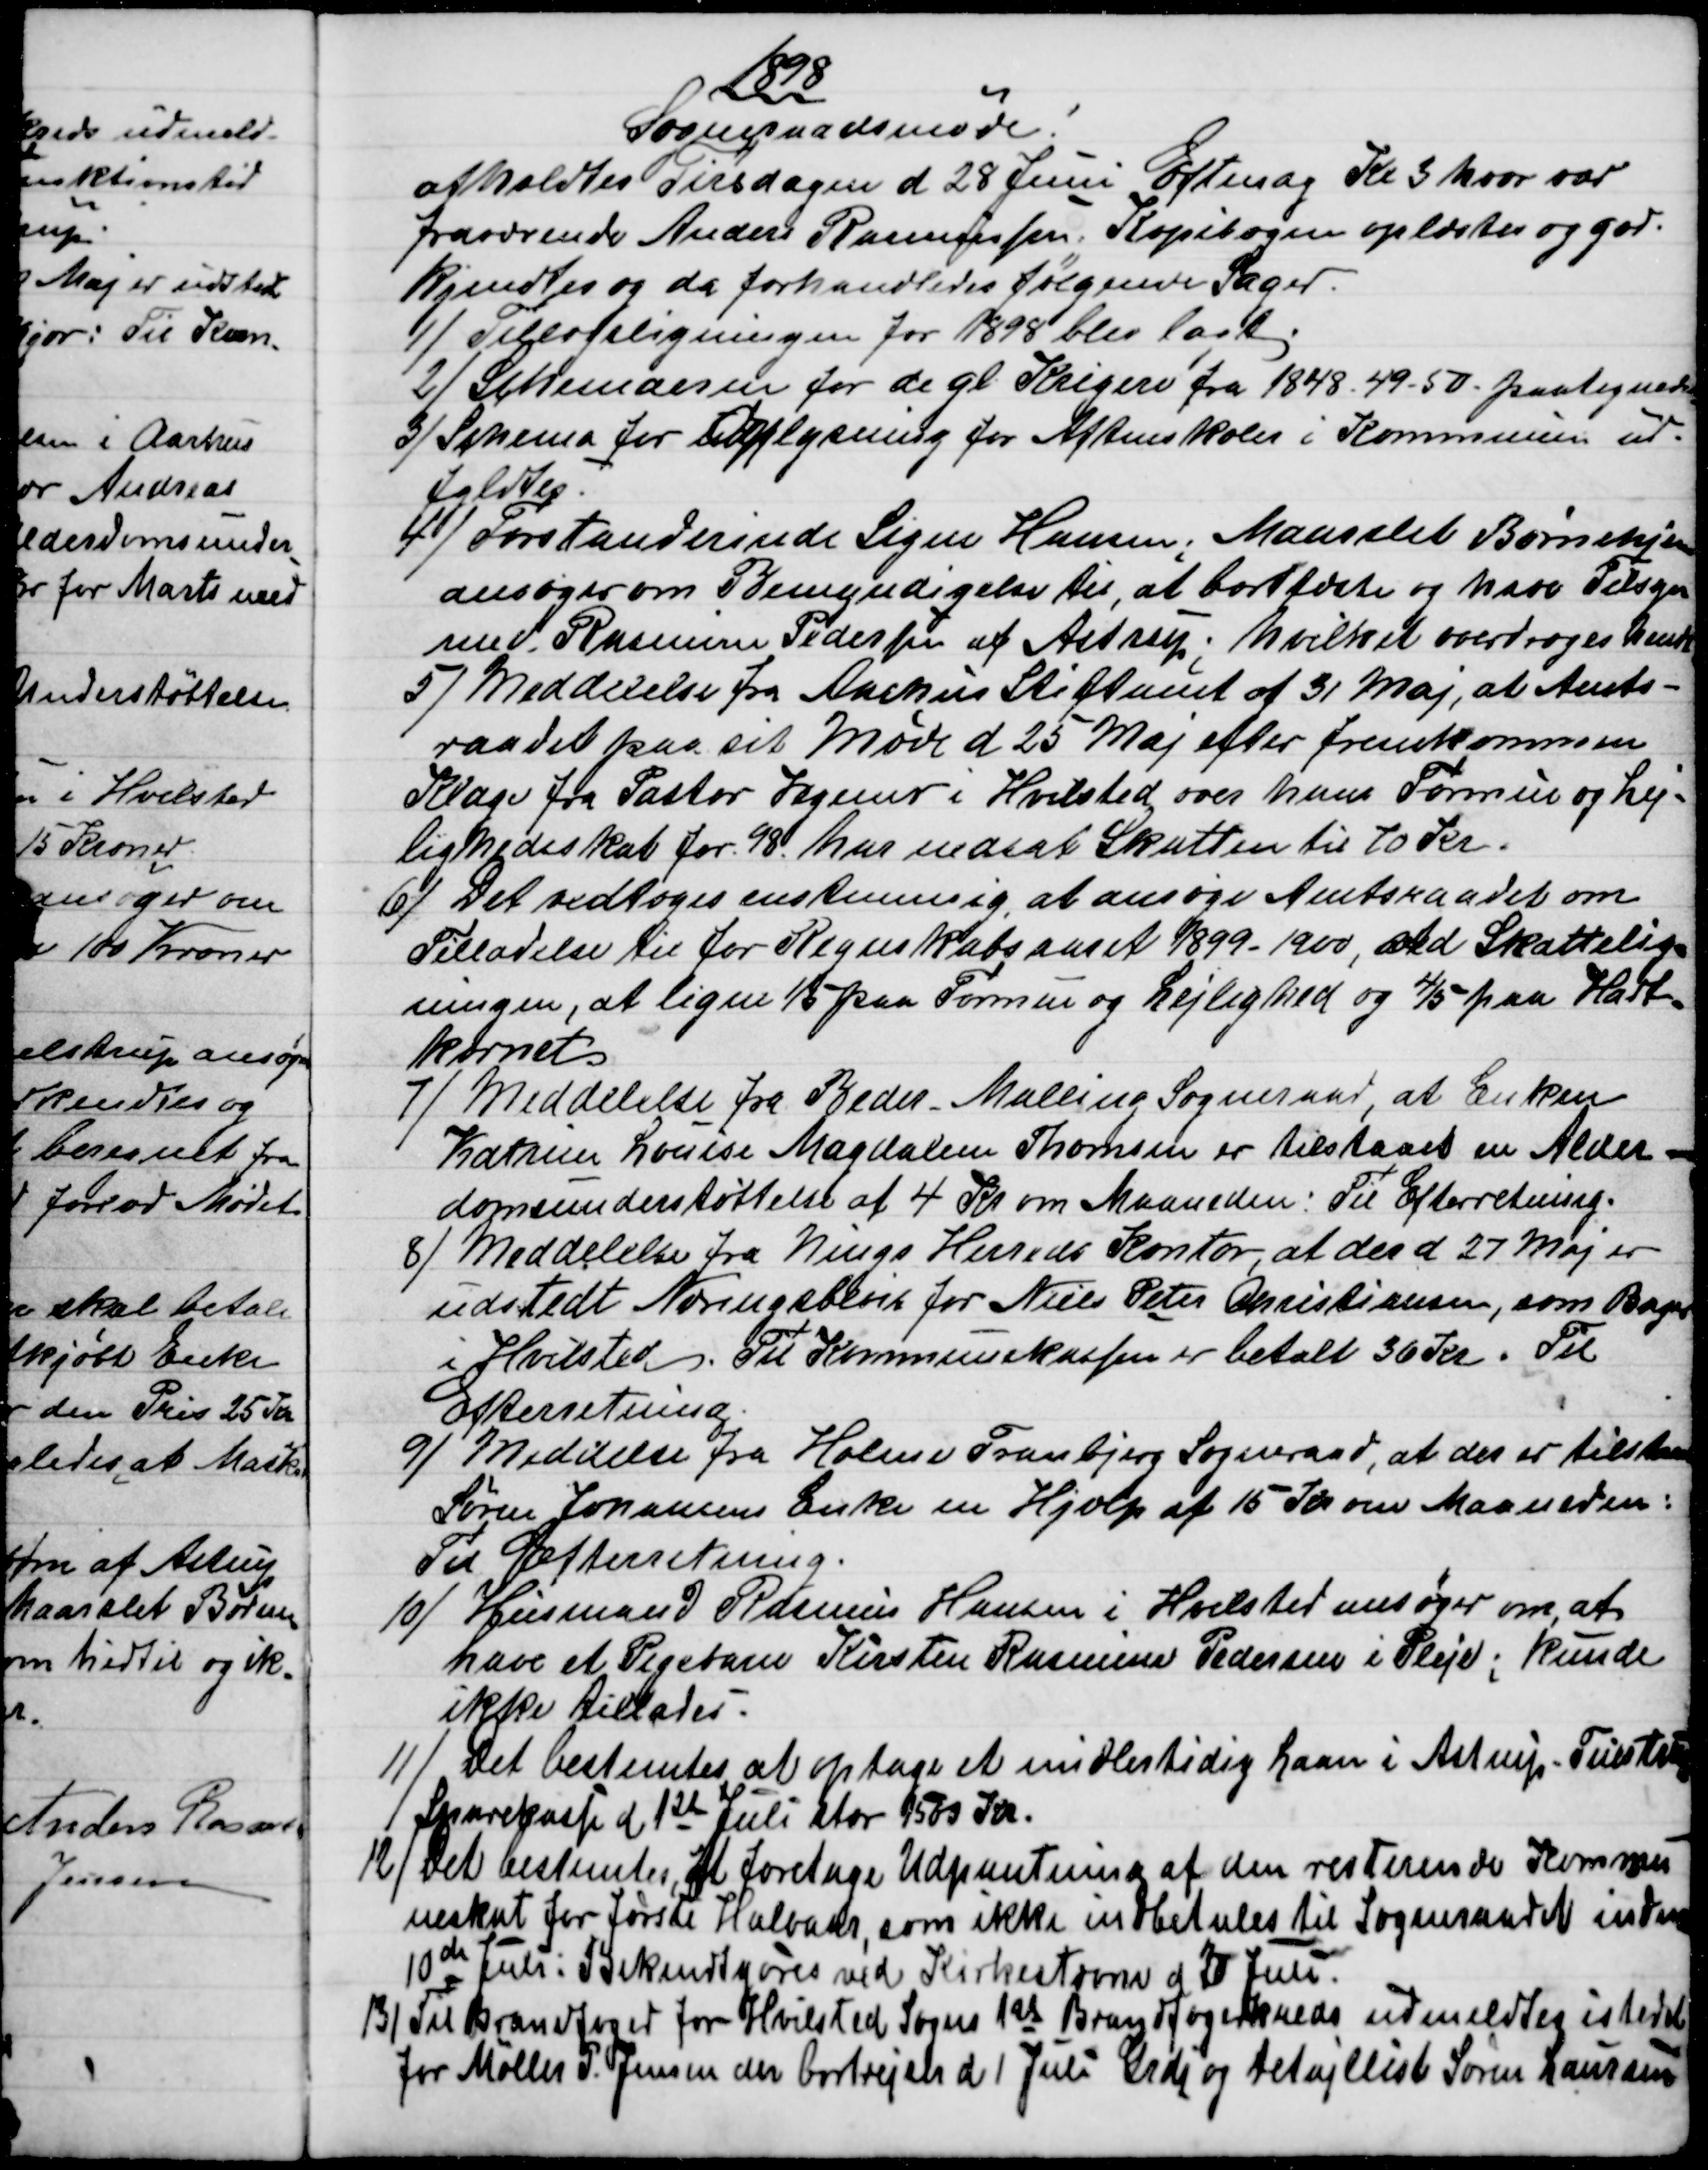
Transskription:
1898
Sogneraadsmøde!
afholdtes Tirsdagen d 28 Juni Eftmdg Kl 3 hvor var
fraværende Anders Rasmussen. Kopibogen oplæstes og god-
kjendtes og da forhandledes følgende Sager.
1) 
Tillægsligningen for 1898 blev lagt.
2 
Schemaerne for de gl. Krigere fra 1848 - 49 - 50. paategnedes
3) 
Schema for Oplysning for Aftenskoler i Kommunen ud-
fyldtes.
4) 
Forstanderinde Signe Hansen, Maarslet Børnehjem
ansøger om Bemyndigelse til, at bortfæste og have Tilsyn
med Rasmine Pedersen af Astrup; hvilket overdroges hende.
5)
Meddelelse fra Aarhus Stiftamt af 31 Maj, at Amts-
raadet paa sit Møde d 25 Maj efter fremkommen
Klage fra Pastor Vegener i Hvilsted over hans Formue og Lej-
lighedsskat for 98. har nedsat Skatten til 10 Kr.
6) 
Det vedtoges enstemmig at ansøge Amtsraadet om
6) Det vedtoges enstemmig at ansøge Amtsraadet om
Tilladelse til for Regnskabsaaret 1899 -1900, ved Skattelig-
ningen, at ligne 1/5 paa Formue og Lejlighed og 4/5 paa Hart=
kornet.
7) 
Meddelelse fra Beder - Malling Sogneraad, at Enken
Katrine Louise Magdalene Thomsen er tilstaaet en Alder=
domsunderstøttelse af 4 Kr om Maaneden. Til Efterretning.
8) 
Meddelelse fra Nings Herreds Kontor, at der d. 27 Maj er
udstedt Næringsbevis for Niels Peter Christiansen, som Bager
i Hvilsted. Til Kommunekassen er betalt 36 Kr. Til
Efterretning.
9) 
Meddelse fra Holme Tranbjerg Sogneraad, at der er tilstaaet
Søren Johansens Enke en Hjælp af 15 Kr om Maaneden:
Til Efterretning.
10)
Husmand Rasmus Hansen i Hvilsted ansøger om at
have et Pigebarn Kirsten Rasmussen Pedersen i Pleje; kunde
ikke tillades.
11) 
Det bestemtes at optage et midlertidig Laan i Astrup-Tulstrup
Sparekasse d 1st Juli stor 1500 Kr.
12)
Det bestemtes, at foretage Udpantning af den resterende Kommu
neskat for første Halvaar, som ikke indbetales til Sogneraadet inden
10de Juli: Bekendtgøres ved Kirkestævne d 20 Juni.
13)
Til Brandfoged for Hvilsted Sogns 1st Brandfogedkreds udmeldtes istedet
for Møller P. Jensen der bortrejste d 1 Juli Grdj og Detajllist Søren Laursen